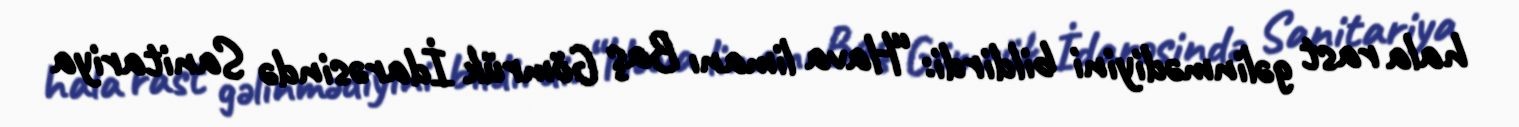
hala rast gəlinmədiyini bildirdi: “Hava limanı Baş Gömrük İdarəsində Sanitariya